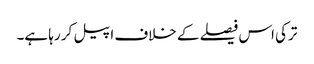
ترکی اس فیصلے کے خلاف اپیل کر رہا ہے۔